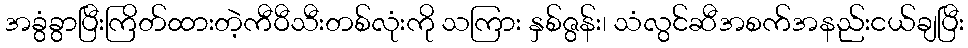
အခွံခွာပြီးကြိတ်ထားတဲ့ကီဝီသီးတစ်လုံးကို သကြား နှစ်ဇွန်း၊ သံလွင်ဆီအစက်အနည်းငယ်ချပြီး